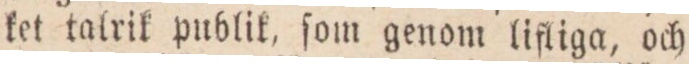
ket talrik publik, ſom genom lifliga, och